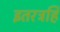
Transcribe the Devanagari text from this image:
इतरत्रहि